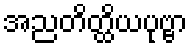
အညတိတ္ထိယပုဗ္ဗာ